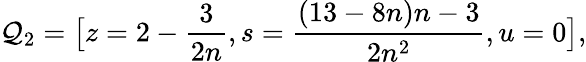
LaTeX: \mathcal{Q}_{2}=\big[z=2-\frac{3}{2n},s=\frac{(13-8n)n-3}{2n^{2}},u=0\big],